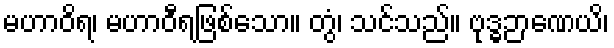
မဟာဝိရ၊ မဟာဝီရဖြစ်သော။ တွံ၊ သင်သည်။ ဗုဒ္ဓဉာဏေယိ၊